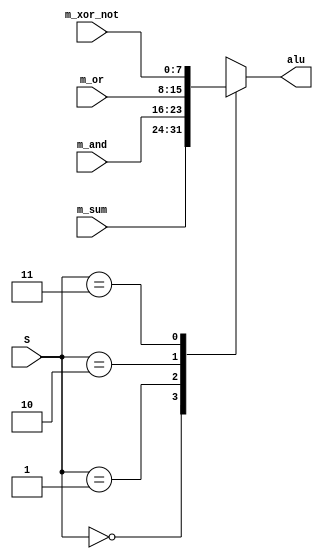
module ls153 (
input [7:0]m_sum,
input [7:0]m_and,
input [7:0]m_or,
input [7:0]m_xor_not,
input [1:0]S,
output reg [7:0]alu
);

always @ (m_sum or m_and or m_or or m_xor_not or S)
begin
	case (S)
		2'b00 : alu <= m_sum;
		2'b01 : alu <= m_and;
		2'b10 : alu <= m_or;
		2'b11 : alu <= m_xor_not;
	endcase
end
endmodule